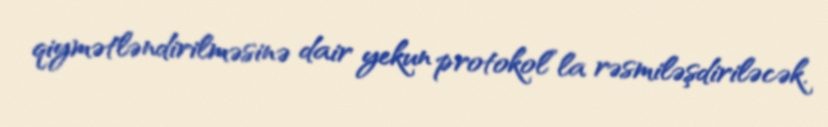
qiymətləndirilməsinə dair yekun protokol”la rəsmiləşdiriləcək.